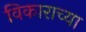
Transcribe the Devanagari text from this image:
विकाराच्या